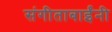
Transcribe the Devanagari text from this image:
संगीताबाईंनी